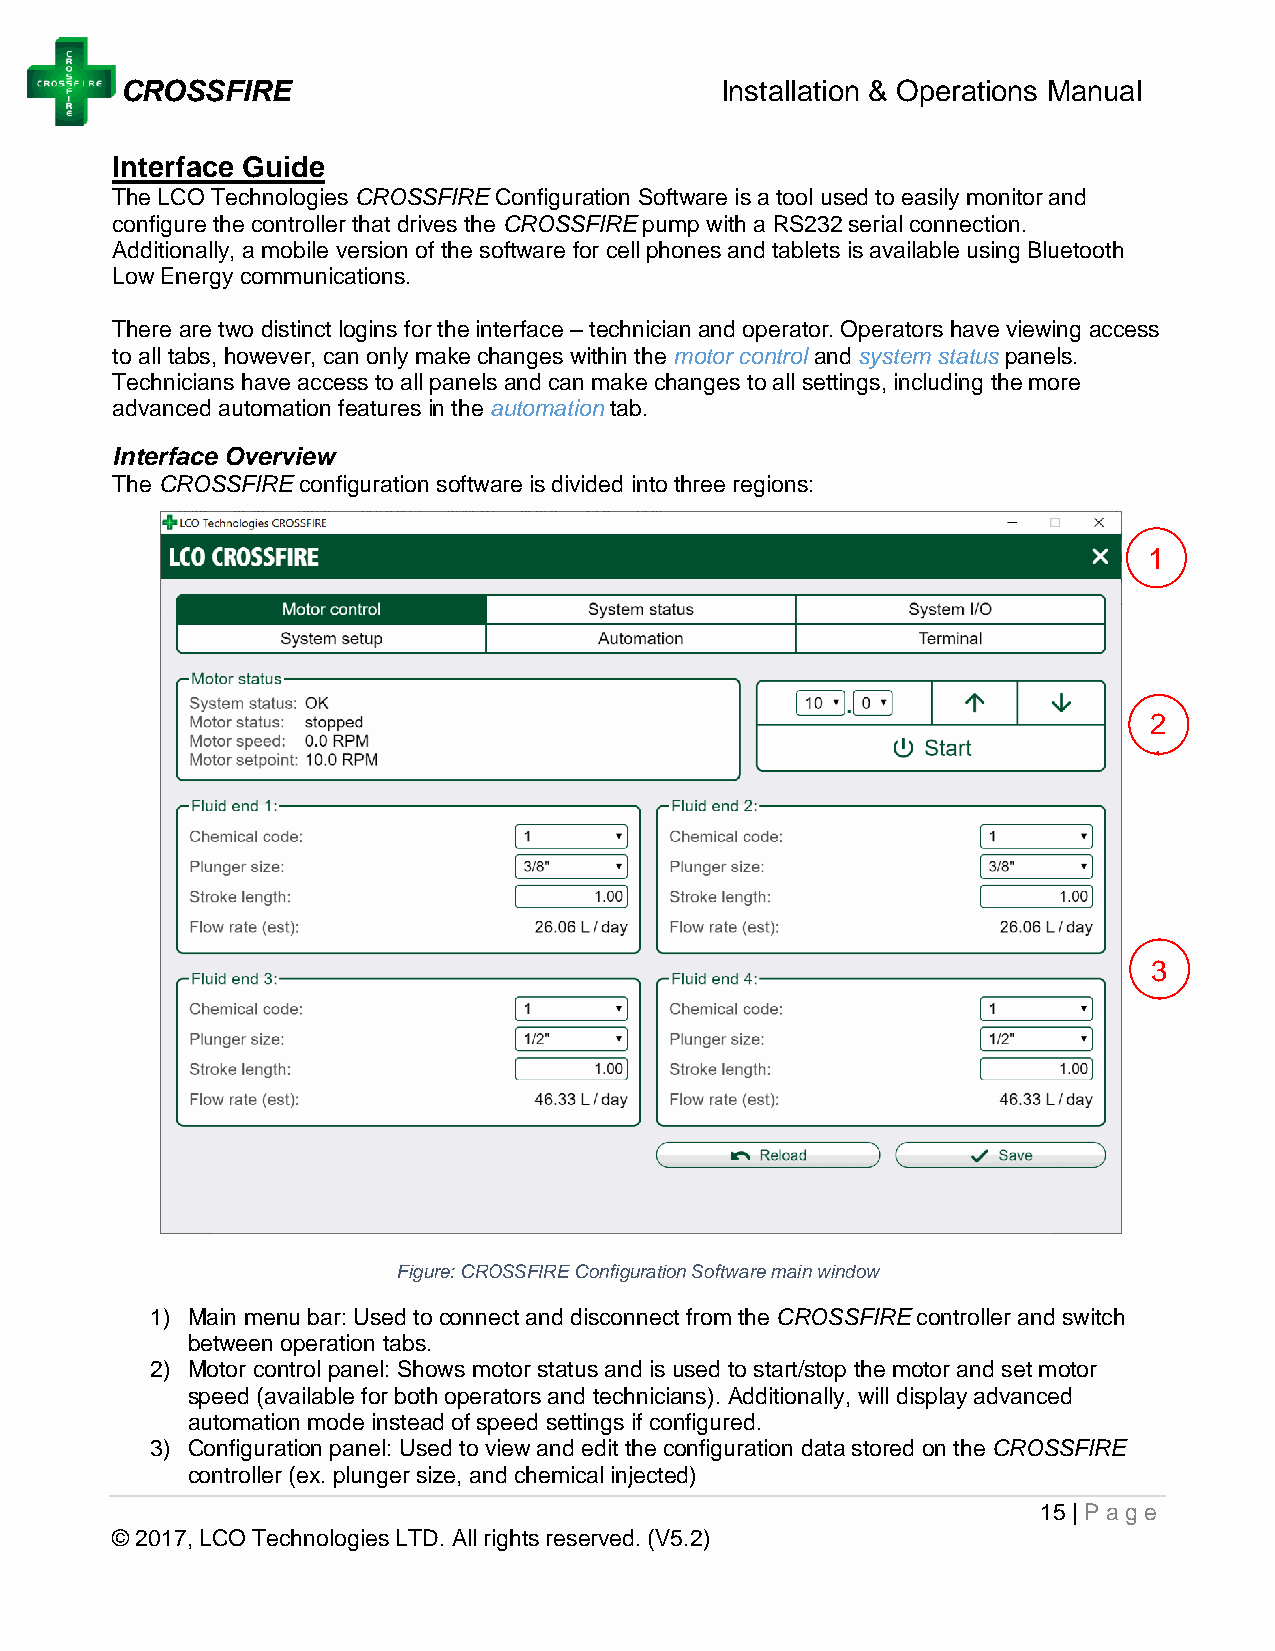
CROSSFIRE                               Installation & Operations Manual
 Interface Guide
 The LCO Technologies CROSSFIRE Configuration Software is a tool used to easily monitor and
 configure the controller that drives the CROSSFIRE pump with a RS232 serial connection.
 Additionally, a mobile version of the software for cell phones and tablets is available using Bluetooth
 Low Energy communications.
 There are two distinct logins for the interface – technician and operator. Operators have viewing access
 to all tabs, however, can only make changes within the motor control and system status panels.
 Technicians have access to all panels and can make changes to all settings, including the more
 advanced automation features in the automation tab.
 Interface Overview
 The CROSSFIRE configuration software is divided into three regions:
 1                                 1
 2
 2                                 1
 3
 3
 Figure: CROSSFIRE Configuration Software main window
 1) Main menu bar: Used to connect and disconnect from the CROSSFIRE controller and switch
 between operation tabs.
 2) Motor control panel: Shows motor status and is used to start/stop the motor and set motor
 speed (available for both operators and technicians). Additionally, will display advanced
 automation mode instead of speed settings if configured.
 3) Configuration panel: Used to view and edit the configuration data stored on the CROSSFIRE
 controller (ex. plunger size, and chemical injected)
 15 | Page
 © 2017, LCO Technologies LTD. All rights reserved. (V5.2)